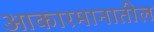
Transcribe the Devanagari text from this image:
आकारमानातील